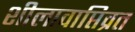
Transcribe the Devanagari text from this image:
शीलावाप्तिव्रत